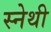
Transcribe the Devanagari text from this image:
स्नेथी